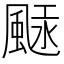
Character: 𩗢